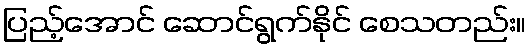
ပြည့်အောင် ဆောင်ရွက်နိုင် စေသတည်း။